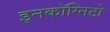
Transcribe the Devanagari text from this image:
इनकॉग्निटो